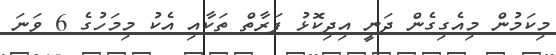
މިކަމުން މިއެގިގެން ދަނީ އިދިކޮޅު ފަރާތް ތަކާއި އެކު މިމަހުގެ 6 ވަނަ